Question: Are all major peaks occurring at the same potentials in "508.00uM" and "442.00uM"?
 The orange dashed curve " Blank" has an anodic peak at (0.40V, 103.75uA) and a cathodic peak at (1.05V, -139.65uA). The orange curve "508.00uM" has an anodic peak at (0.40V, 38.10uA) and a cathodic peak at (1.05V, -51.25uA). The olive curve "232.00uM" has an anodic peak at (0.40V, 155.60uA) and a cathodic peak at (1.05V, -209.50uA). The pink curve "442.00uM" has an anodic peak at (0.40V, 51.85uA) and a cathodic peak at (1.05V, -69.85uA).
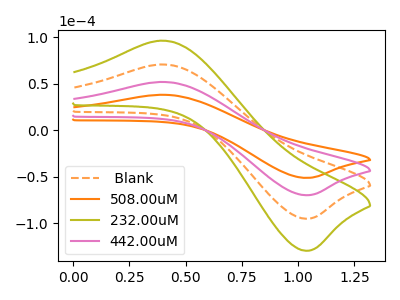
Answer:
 <answer>Yes, "508.00uM" have a peak in "442.00uM" at the same potential.</answer>
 <eval>match</eval>